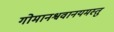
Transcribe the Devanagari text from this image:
गोमानश्ववानयमस्तु